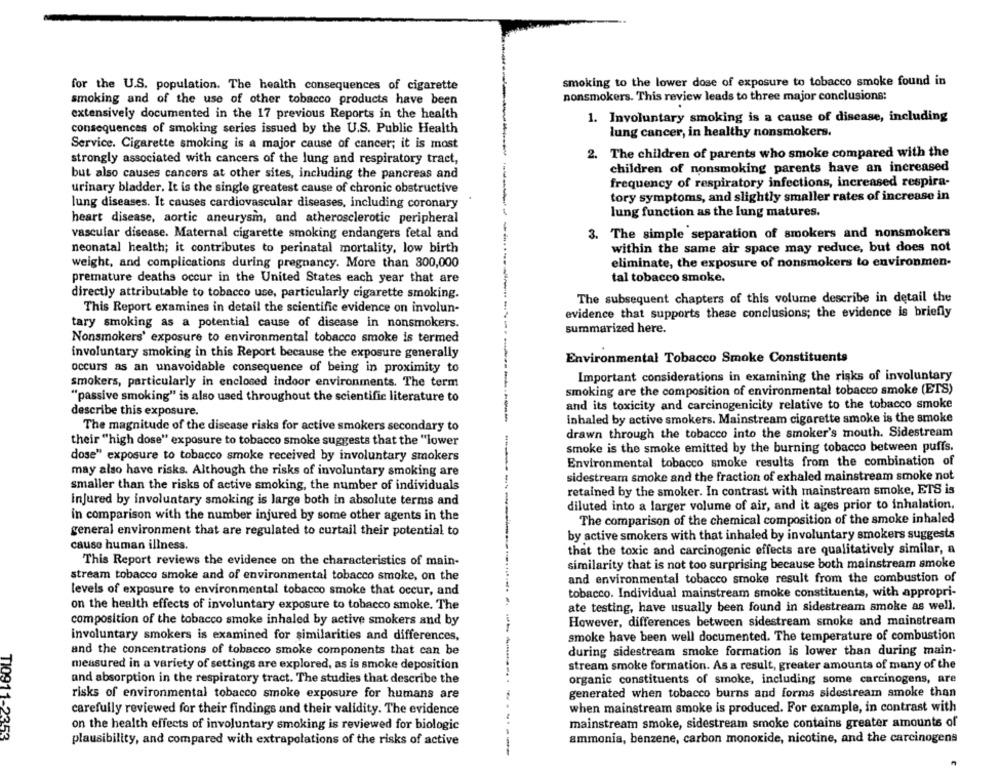
smoking to the lower dose of exposure to tobacco smoke found in
for the U.S. population. The health consequences of cigarette
smoking and of the use of other tobacco products have been
nonsmokers. This review leads to three major conclusions:
extensively documented in the 17 previous Reports in the health
1. Involuntary smoking is a cause of disease, including
consequences of smoking series issued by the U.S. Public Health
lung cancer, in healthy nonsmokers.
Service. Cigarette smoking is a major cause of cancer; it is most
2. The children of parents who smoke compared with the
strongly associated with cancers of the lung and respiratory tract,
children of nonsmoking parents have an increased
but also causes cancers at other sites, including the pancreas and
frequency of respiratory infections, increased respira-
urinary bladder. It is the single greatest cause of chronic obstructive
tory symptoms, and slightly smaller rates of increase in
lung diseases. It causes cardiovascular diseases, including coronary
lung function as the lung matures.
heart disease, aortic aneurysm, and atherosclerotic peripheral
vascular disease. Maternal cigarette smoking endangers fetal and
3. The simple separation of smokers and nonsmokers
within the same air space may reduce, but does not
neonatal health; it contributes to perinatal mortality, low birth
eliminate, the exposure of nonsmokers to environmen-
weight, and complications during pregnancy. More than 800,000
tal tobacco smoke.
premature deaths occur in the United States each year that are
directly attributable to tobacco use, particularly cigarette smoking.
The subsequent chapters of this volume describe in detail the
This Report examines in detail the scientific evidence on involun-
evidence that supports these conclusions; the evidence is briefly
tary smoking as a potential cause of disease in nonsmokers.
summarized here.
Nonsmokers' exposure to environmental tobacco smoke is termed
involuntary smoking in this Report because the exposure generally
Environmental Tobacco Smoke Constituents
occurs as an unavoidable consequence of being in proximity to
Important considerations in examining the risks of involuntary
smokers, particularly in enclosed indoor environments. The term
smoking are the composition of environmental tobacco smoke (ETS)
"passive smoking" is also used throughout the scientific literature to
and its toxicity and carcinogenicity relative to the tobacco smoke
describe this exposure.
inhaled by active smokers. Mainstream cigarette smoke is the smoke
The magnitude of the disease risks for active smokers secondary to
drawn through the tobacco into the smoker's mouth. Sidestream
their "high dose" exposure to tobacco smoke suggests that the "lower
smoke is the smoke emitted by the burning tobacco between puffs.
dose" exposure to tobacco smoke received by involuntary smokers
Environmental tobacco smoke results from the combination of
may also have risks. Although the risks of involuntary smoking are
sidestream smoke and the fraction of exhaled mainstream smoke not
smaller than the risks of active smoking, the number of individuals
retained by the smoker. In contrast with mainstream smoke, ETS is
injured by involuntary smoking is large both in absolute terms and
diluted into a larger volume of air, and it ages prior to inhalation,
in comparison with the number injured by some other agents in the
The comparison of the chemical composition of the smoke inhaled
general environment that are regulated to curtail their potential to
by active smokers with that inhaled by involuntary smokers suggests
cause human illness.
that the toxic and carcinogenic effects are qualitatively similar, a
This Report reviews the evidence on the characteristics of main-
similarity that is not too surprising because both mainstream smoke
stream tobacco smoke and of environmental tobacco smoke, on the
and environmental tobacco smoke result from the combustion of
levels of exposure to environmental tobacco smoke that occur, and
tobacco. Individual mainstream smoke constituents, with appropri-
on the health effects of involuntary exposure to tobacco smoke. The
ate testing, have usually been found in sidestream smoke as well.
composition of the tobacco smoke inhaled by active smokers and by
However, differences between sidestream smoke and mainstream
involuntary smokers is examined for similarities and differences,
smoke have been well documented. The temperature of combustion
and the concentrations of tobacco smoke components that can be
during sidestream smoke formation is lower than during main-
measured in a variety of settings are explored, as is smoke deposition
stream smoke formation. As a result, greater amounts of many of the
and absorption in the respiratory tract. The studies that describe the
organic constituents of smoke, including some carcinogens, are
risks of environmental tobacco smoke exposure for humans are
generated when tobacco burns and forms sidestream smoke than
carefully reviewed for their findings and their validity. The evidence
when mainstream smoke is produced. For example, in contrast with
TI0911-23
on the health effects of involuntary smoking is reviewed for biologic
mainstream smoke, sidestream smoke contains greater amounts of
353
plausibility, and compared with extrapolations of the risks of active
ammonia, benzene, carbon monoxide, nicotine, and the carcinogens